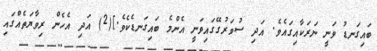
ބައިގަނޑު ވަނީ ނަރަކާއިގައެވެ. އަދި ސުވަރުގޭގައިވަނީ އެންމެ ބައިގަނޑެކެވެ.](2) އަދި އެހެން ރިވާޔަތެއްގައި